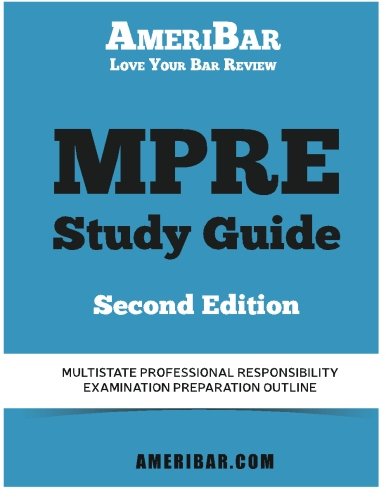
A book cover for MPRE Study Guide Second Edition: Multistate Professional Responsibility Examination Outline Study Guide; AmeriBar Bar Review; Law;